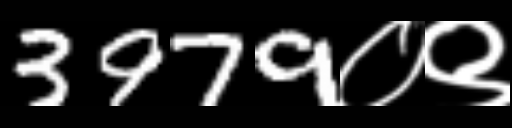
Text: 3979०९